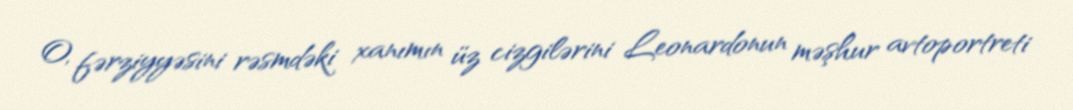
O, fərziyyəsini rəsmdəki xanımın üz cizgilərini Leonardonun məşhur avtoportreti